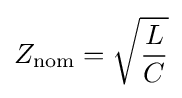
Z_{\mathrm {nom} }={\sqrt {\frac {L}{C}}}